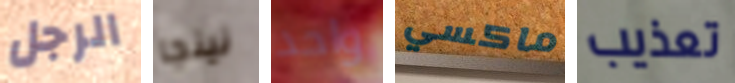
الرجل نينجا واحد ماكسي تعذيب